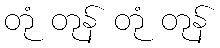
တုံ တုန် တုံ တုန်